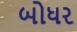
બોધર